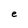
Character: e